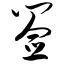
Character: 签